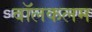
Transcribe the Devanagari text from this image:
वॉलकलम